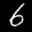
Label: 6